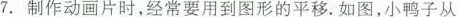
7. 制作动画片时，经常要用到图形的平移。如图，小鸭子从